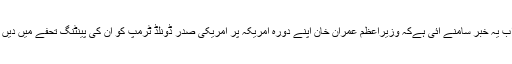
تاہم اب یہ خبر سامنے آئی ہےکہ وزیراعظم عمران خان اپنے دورہ امریکہ پر امریکی صدر ڈونلڈ ٹرمپ کو ان کی پینٹنگ تحفے میں دیں گے۔